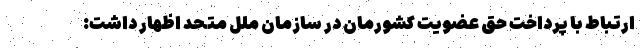
ارتباط با پرداخت حق عضویت کشورمان در سازمان ملل متحد اظهار داشت: